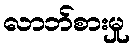
လာဘ်စားမှု